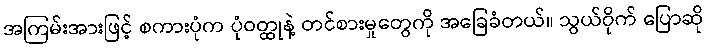
အကြမ်းအားဖြင့် စကားပုံက ပုံဝတ္ထုနဲ့ တင်စားမှုတွေကို အခြေခံတယ်။ သွယ်ဝိုက် ပြောဆို